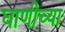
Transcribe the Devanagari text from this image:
घाणीच्या